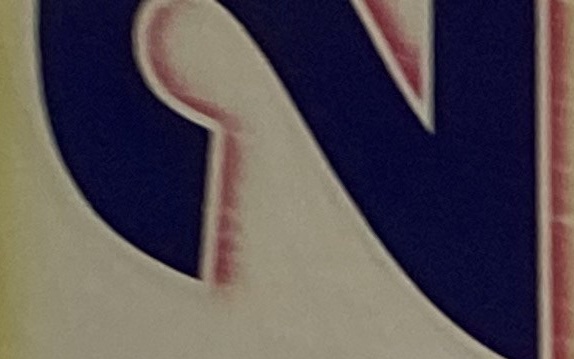
2